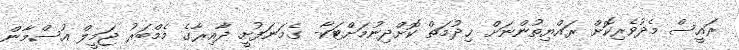
ރައީސް މެދުވެރިކޮށް ރައްޔިތުންނަށް ޚިދުމަތް ކޮށްދިނުމަށްޓަކާ- ގެމަނަފުށީ ދާއިރާގެ މެމްބަރު ޖަމީލް އުސްމާން